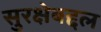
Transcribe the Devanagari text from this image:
सुरक्षेबद्दल